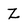
Character: Z